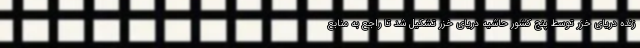
زنده دریای خزر توسط پنج کشور حاشیه دریای خزر تشکیل شد تا راجع به منابع